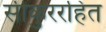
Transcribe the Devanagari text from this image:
सीकुररहित